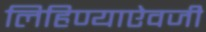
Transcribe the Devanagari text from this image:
लिहिण्याऐवजी